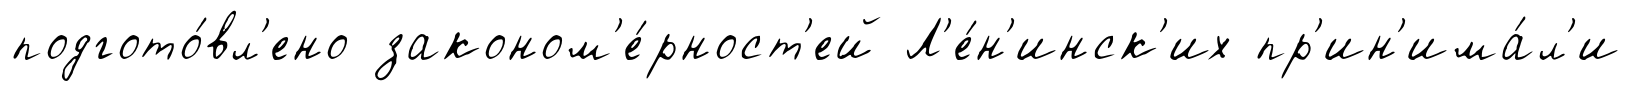
подгото́вл'ено законом'е́рност'ей Л'е́н'инск'их пр'ин'има́л'и